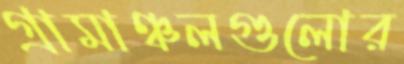
গ্রামাঞ্চলগুলোর